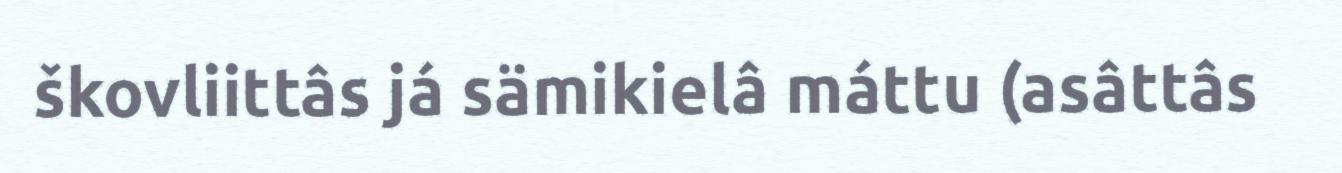
škovliittâs já sämikielâ máttu (asâttâs